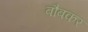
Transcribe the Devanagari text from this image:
बौबकर